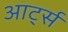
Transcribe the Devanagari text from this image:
आर्ट्स